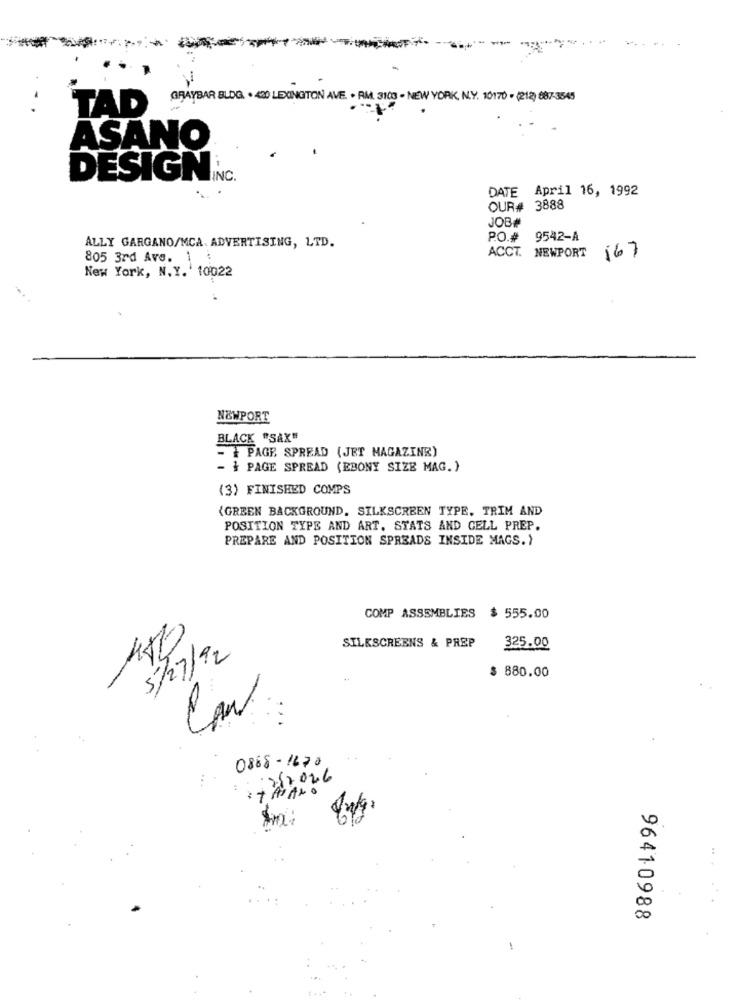
....
GRAYBAR BLOG. · 420 LEXINGTON AVE. · RM. 3100 - NEW YORK, N.Y. 10170 - (212) 887-3545
TAD
--
ASANO
DESIGN
DATE April 16, 1992
OUR#
3888
JOB#
P.O.# 9542-A
ALLY GARGANO/MCA. ADVERTISING, LTD.
805 3rd Ave. 1 :
ACCT. NEWPORT
167
New York, N. Y. ' 10022
NEWPORT
BLACK "SAX"
- + PAGE SPREAD (JET MAGAZINR)
- + PAGE SPREAD (EBONY SIZE MAG.)
(3) FINISHED COMPS
{GREEN BACKGROUND. SILKSCREEN TYPE. TRIM AND
POSITION TYPE AND ART. STATS AND CELL PREP.
PREPARE AND POSITION SPREADS INSIDE MAGS.)
COMP ASSEMBLIES
$ 555.00
7
SILKSCREENS & PREP
Az
325.00
5/27/92
$ 880.00
0888-1670
à
00
96410988